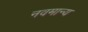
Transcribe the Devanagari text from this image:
नवमान्य